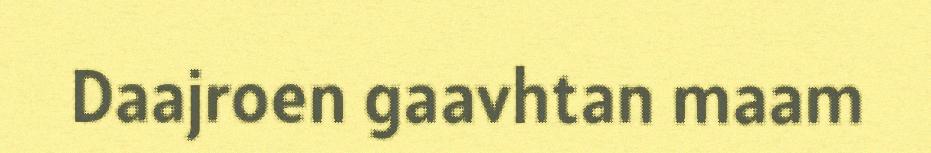
Daajroen gaavhtan maam